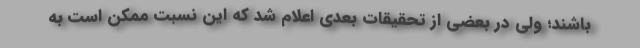
باشند؛ ولی در بعضی از تحقیقات بعدی اعلام شد که این نسبت ممکن است به